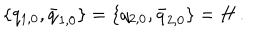
LaTeX: \{ q _ { 1 , 0 } , \bar { q } _ { 1 , 0 } \} = \{ q _ { 2 , 0 } , \bar { q } _ { 2 , 0 } \} = H \, .